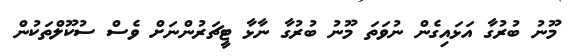
މޫނު ބުރުގާ އަޅައިގެން ނުވަތަ މޫނު ބުރުގާ ނާޅާ ޓީޗަރުންނަށް ވެސް ސުކޫލްތަކުން